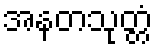
အနတသုတ္တံ